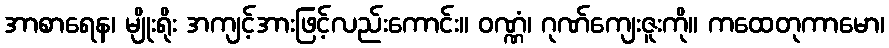
အာစာရေန၊ မျိုးရိုး အကျင့်အားဖြင့်လည်းကောင်း။ ဝဏ္ဏံ၊ ဂုဏ်ကျေးဇူးကို။ ကထေတုကာမော၊